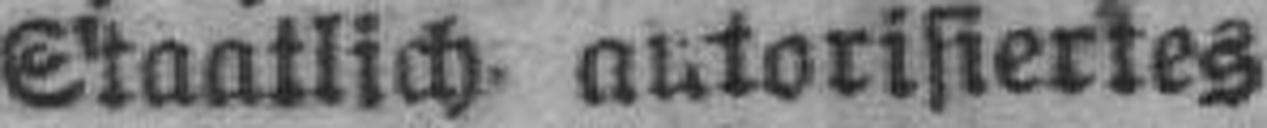
S'taatlich autorisiertes